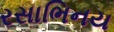
રસાભિનય